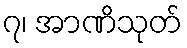
၇၊ အာဏိသုတ်